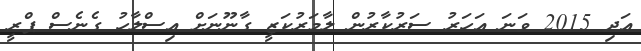
އަދި 2015 ވަނަ އަހަރު ސަރުކާރުން ލާމަރުކަޒީ ގާނޫނަށް އިސްލާހު ގެނެސް ޕްރީ